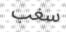
سغب